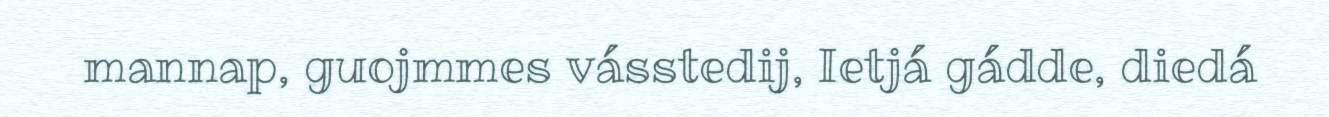
mannap, guojmmes vásstedij, Ietjá gádde, diedá